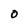
Character: 0